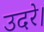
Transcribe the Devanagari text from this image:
उदरे।